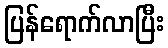
ပြန်ရောက်လာပြီး